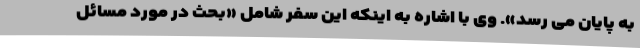
به پایان می رسد». وی با اشاره به اینکه این سفر شامل «بحث در مورد مسائل